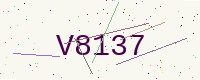
Text: V8137